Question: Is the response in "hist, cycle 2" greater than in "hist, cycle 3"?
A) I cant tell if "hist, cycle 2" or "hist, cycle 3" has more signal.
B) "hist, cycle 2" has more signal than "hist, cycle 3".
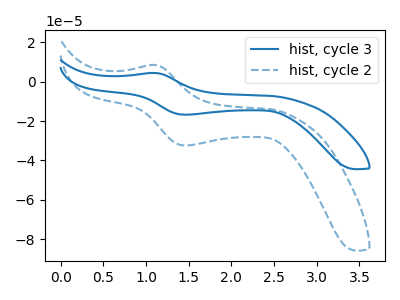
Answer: <think>The blue curve "hist, cycle 3" has an anodic peak at (1.10V, 4.35uA) and a cathodic peak at (1.50V, -16.80uA). The blue dashed curve "hist, cycle 2" has an anodic peak at (1.10V, 8.40uA) and a cathodic peak at (1.50V, -32.40uA).
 All the peaks in "hist, cycle 2" have a peak in "hist, cycle 3" at the same potential. Every peak in "hist, cycle 2" is higher than every peak in "hist, cycle 3".</think>
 <answer>B) "hist, cycle 2" has more signal than "hist, cycle 3".</answer>
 <eval>B</eval>